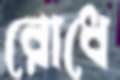
রোধে